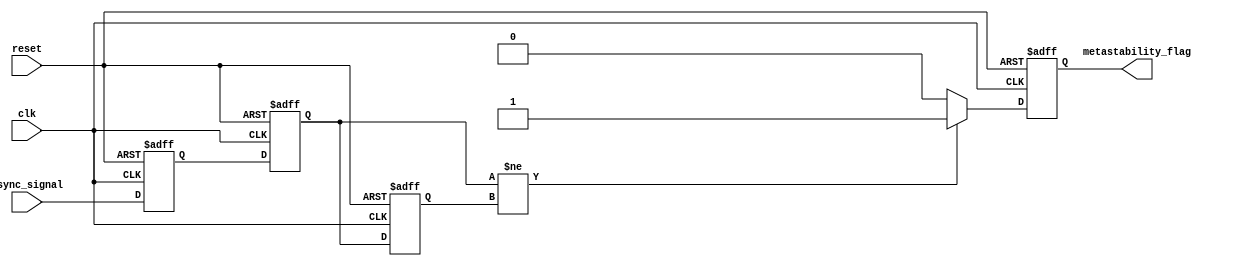
module metastability_detector (
    input wire clk,             // Sampling clock
    input wire async_signal,    // Asynchronous input signal
    input wire reset,           // Reset signal
    output reg metastability_flag // Output flag indicating metastability detection
);

    // Internal signals
    reg ff1_out;  // Output of first flip-flop
    reg ff2_out;  // Output of second flip-flop
    reg ff2_out_prev; // Previous output of second flip-flop for pulse detection

    // D Flip-Flop 1
    always @(posedge clk or posedge reset) begin
        if (reset) begin
            ff1_out <= 1'b0; // Reset state for flip-flop 1
        end else begin
            ff1_out <= async_signal; // Sample the asynchronous signal
        end
    end

    // D Flip-Flop 2
    always @(posedge clk or posedge reset) begin
        if (reset) begin
            ff2_out <= 1'b0; // Reset state for flip-flop 2
            ff2_out_prev <= 1'b0; // Reset previous state
        end else begin
            ff2_out <= ff1_out; // Sample the output of the first flip-flop
            ff2_out_prev <= ff2_out; // Store previous output for pulse detection
        end
    end

    // Pulse generation logic for metastability detection
    always @(posedge clk or posedge reset) begin
        if (reset) begin
            metastability_flag <= 1'b0; // Reset the metastability flag
        end else begin
            // Generate a pulse when the output of the second flip-flop changes
            if (ff2_out != ff2_out_prev) begin
                metastability_flag <= 1'b1; // Set the flag indicating metastability detected
            end else begin
                metastability_flag <= 1'b0; // Clear the flag if no change
            end
        end
    end

endmodule